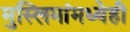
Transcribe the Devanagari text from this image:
मुस्लिमांमध्येही